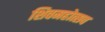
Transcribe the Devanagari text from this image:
शिवमहोत्सव